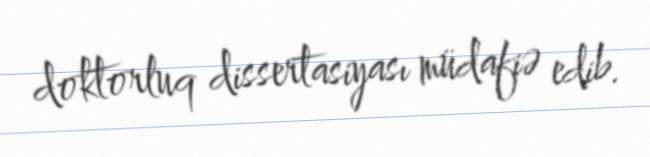
doktorluq dissertasiyası müdafiə edib.